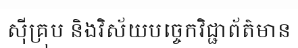
ស៊ីគ្រុប និងវិស័យបច្ចេកវិជ្ជាព័ត៌មាន